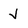
Character: J